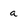
Character: a